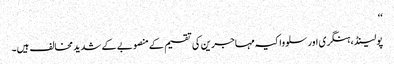
‘‘
پولینڈ، ہنگری اور سلوواکیہ مہاجرین کی تقسیم کے منصوبے کے شدید مخالف ہیں۔